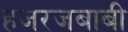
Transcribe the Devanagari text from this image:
हजरजबाबी